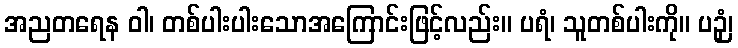
အညတရေန ဝါ၊ တစ်ပါးပါးသောအကြောင်းဖြင့်လည်း။ ပရံ၊ သူတစ်ပါးကို။ ပဉှံ၊